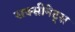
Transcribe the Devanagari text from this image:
सक्सीनेट्स